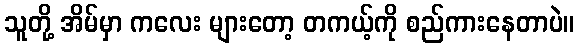
သူတို့ အိမ်မှာ ကလေး များတော့ တကယ့်ကို စည်ကားနေတာပဲ။